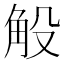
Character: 𧣇